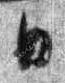
日